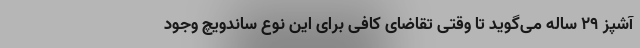
آشپز ۲۹ ساله می‌گوید تا وقتی تقاضای کافی برای این نوع ساندویچ وجود